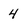
Character: 4